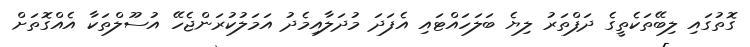
ގޮތުގައި ލިބޭތަކެތީގެ ދަފްތަރު ލިޔެ ބަލަހައްޓައި އެފަދަ މުދަލާއިމެދު އަމަލުކުރަންޖެހޭ އުސޫލްތަކާ އެއްގޮތަށް